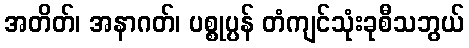
အတိတ်၊ အနာဂတ်၊ ပစ္စုပ္ပန် တံကျင်သုံးခုစီသဘွယ်